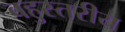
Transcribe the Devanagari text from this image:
बहुस्‍तरीय